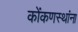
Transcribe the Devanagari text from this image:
कोंकणस्थांना